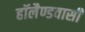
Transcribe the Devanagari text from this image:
हॉलैण्डवासी